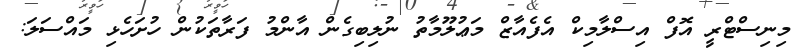
މިނިސްޓްރީ އޮފް އިސްލާމިކް އެފެއާޒް މަޢުލޫމާތު ނުލިބިގެން އާންމު ފަރާތަކުން ހުށަހެޅި މައްސަލަ: